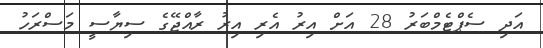
އަދި ސެޕްޓެމްބަރު 28 އަށް އިރު އެރި އިރު ރާއްޖޭގެ ސިޔާސީ މަސްރަހު